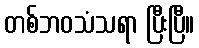
တစ်ဘဝသံသရာ ပြီးပြီ။